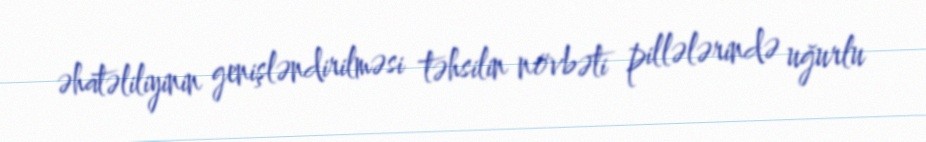
əhatəliliyinin genişləndirilməsi təhsilin növbəti pillələrində uğurlu